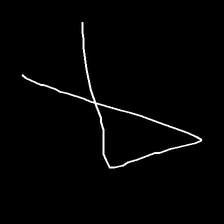
Glyph: collection